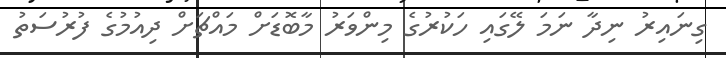
ގިނައިރު ނިދާ ނަމަ ލޭގައި ހަކުރުގެ މިންވަރު މާބޮޑަށް މައްޗަށް ދިއުމުގެ ފުރުސަތު